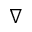
\nabla